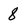
Character: 8